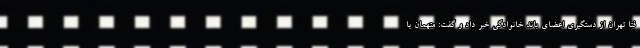
فتا تهران از دستگیری اعضای باند خانوادگی خبر داد و گفت: متهمان با